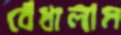
বেঁধালাম